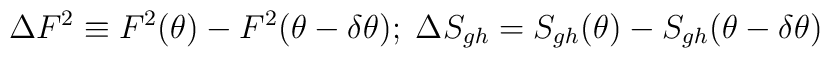
\Delta F^{2}\equiv F^{2}(\theta )-F^{2}(\theta -\delta \theta );\; \Delta S_{gh}=S_{gh}(\theta )-S_{gh}(\theta -\delta \theta )